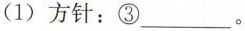
(1)方针：③___。